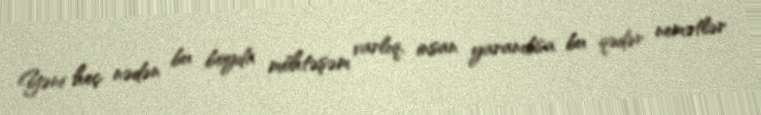
Yəni heç nədən bu boyda möhtəşəm varlıq, insan yaranıbsa bu qədər nemətlər